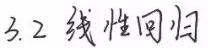
3.2 线性回归